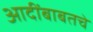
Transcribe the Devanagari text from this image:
आदींबाबतचे